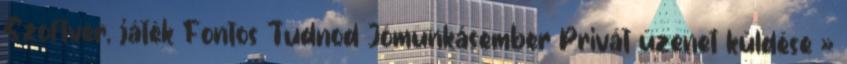
Szoftver, játék Fontos Tudnod Jómunkásember Privát üzenet küldése »